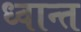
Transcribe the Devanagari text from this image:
ध्वान्त